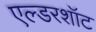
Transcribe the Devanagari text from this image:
एल्डरशॉट